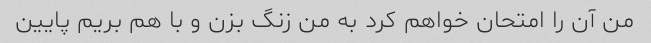
من آن را امتحان خواهم کرد به من زنگ بزن و با هم بریم پایین